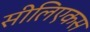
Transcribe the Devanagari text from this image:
सीलिएकस